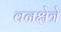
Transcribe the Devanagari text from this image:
वनक्षेत्रे